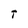
Character: t